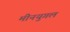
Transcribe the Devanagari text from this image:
मीनयुगल